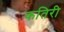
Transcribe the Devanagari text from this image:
कतिरी